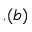
. ( b )